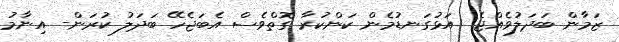
ޒަމާން ބަދަލުވެއްޖެ  އަޅުގަނޑުމެން ކަންކުރާ ގޮތްވެސް އެބަޖެހޭ ބަދަލު ކުރަން- އިނާމު